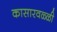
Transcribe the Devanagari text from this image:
कासारवळ्ळी